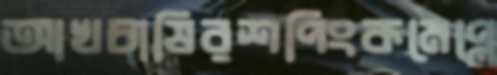
আখচাষিরশপিংকমেপ্লে